Report on vaccination proceedings throughout the Government of Bengal -
Year: 1868
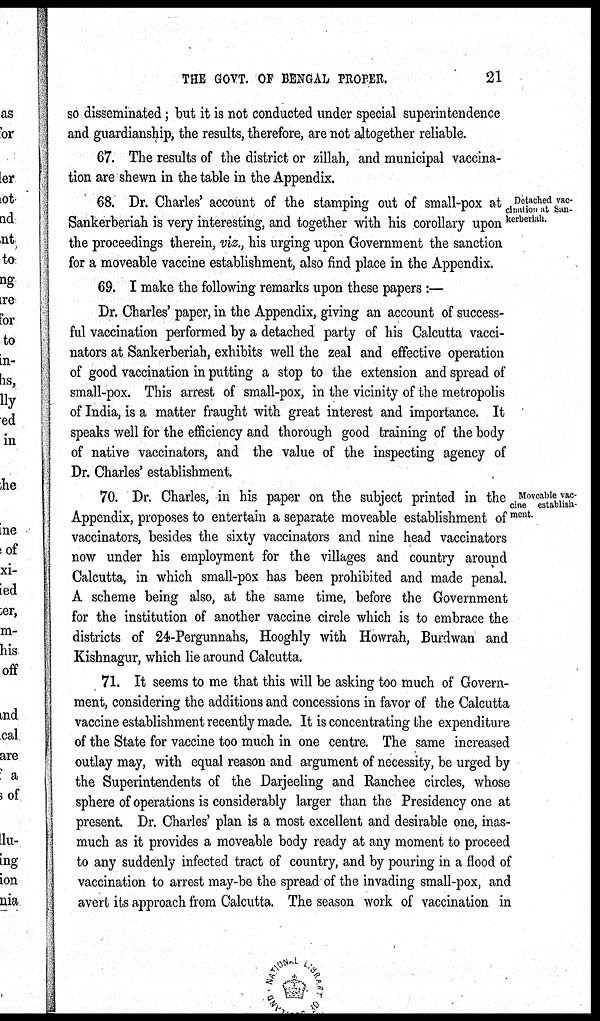
THE GOVT. OF BENGAL PROPER.
21
so disseminated; but it is not conducted under special superintendence
and guardianship, the results, therefore, are not altogether reliable.
67. The results of the district or zillah, and municipal vaccina-
tion are shewn in the table in the Appendix.
Detached vac-
cination at San¬
kerberiah.
68. Dr. Charles' account of the stamping out of small-pox at
Sankerberiah is very interesting, and together with his corollary upon
the proceedings therein, viz., his urging upon Government the sanction
for a moveable vaccine establishment, also find place in the Appendix.
69. I make the following remarks upon these papers :—
Dr. Charles' paper, in the Appendix, giving an account of success-
ful vaccination performed by a detached party of his Calcutta vacci-
nators at Sankerberiah, exhibits well the zeal and effective operation
of good vaccination in putting a stop to the extension and spread of
small-pox. This arrest of small-pox, in the vicinity of the metropolis
of India, is a matter fraught with great interest and importance. It
speaks well for the efficiency and thorough good training of the body
of native vaccinators, and the value of the inspecting agency of
Dr. Charles' establishment.
Moveable vac-
cine establish-
ment.
70. Dr. Charles, in his paper on the subject printed in the
Appendix, proposes to entertain a separate moveable establishment of
vaccinators, besides the sixty vaccinators and nine head vaccinators
now under his employment for the villages and country around
Calcutta, in which small-pox has been prohibited and made penal.
A scheme being also, at the same time, before the Government
for the institution of another vaccine circle which is to embrace the
districts of 24-Pergunnahs, Hooghly with Howrah, Burdwan and
Kishnagur, which lie around Calcutta.
71. It seems to me that this will be asking too much of Govern-
ment, considering the additions and concessions in favor of the Calcutta
vaccine establishment recently made. It is concentrating the expenditure
of the State for vaccine too much in one centre. The same increased
outlay may, with equal reason and argument of necessity, be urged by
the Superintendents of the Darjeeling and Ranchee circles, whose
sphere of operations is considerably larger than the Presidency one at
present. Dr. Charles' plan is a most excellent and desirable one, inas-
much as it provides a moveable body ready at any moment to proceed
to any suddenly infected tract of country, and by pouring in a flood of
vaccination to arrest may-be the spread of the invading small-pox, and
avert its approach from Calcutta. The season work of vaccination in